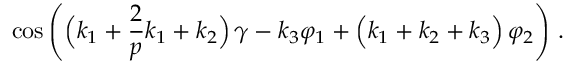
\cos { \left( \Big ( k _ { 1 } + \frac { 2 } { p } k _ { 1 } + k _ { 2 } \Big ) \, \gamma - k _ { 3 } \varphi _ { 1 } + \Big ( k _ { 1 } + k _ { 2 } + k _ { 3 } \Big ) \, \varphi _ { 2 } \right) } \ .